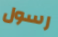
رسول